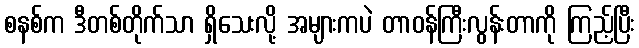
စနစ်က ဒီတစ်တိုက်သာ ရှိသေးလို့ အများကပဲ တာဝန်ကြီးလွန်းတာကို ကြည့်ပြီး